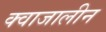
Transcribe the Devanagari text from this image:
क्वाजालीन